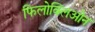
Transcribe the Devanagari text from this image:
फिलोक्लिओन